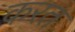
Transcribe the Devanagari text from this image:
करत